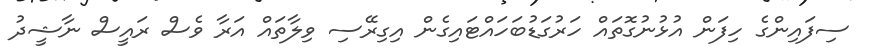
ސިފައިންގެ ހިފަން އުޅުނުގޮތައް ހަރުގަޑުބަހައްޓައިގެން އިގިރޭސި ވިލާތައް އަރާ ވެސް ރައީސް ނާޝީދު